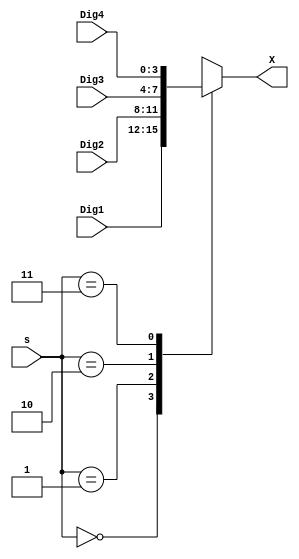
`timescale 1ns / 1ps
//////////////////////////////////////////////////////////////////////////////////
// Company: 
// Engineer: 
// 
// Design Name: 
// Module Name: mux4
// Project Name: 
// Target Devices: 
// Tool Versions: 
// Description: 
// 
// Dependencies: 
// 
// Revision:
// Revision 0.01 - File Created
// Additional Comments:
// 
//////////////////////////////////////////////////////////////////////////////////


module mux4(
    input wire [1:0]s,
    input wire [3:0]Dig1,
    input wire[3:0]Dig2,
    input wire [3:0]Dig3,
    input wire [3:0]Dig4,
    output reg [3:0]X
    );
    
    always @(s)
        case(s)
            2'b00: X <= Dig1;
            2'b01: X <= Dig2;
            2'b10: X <= Dig3;
            2'b11: X <= Dig4;
        endcase
endmodule